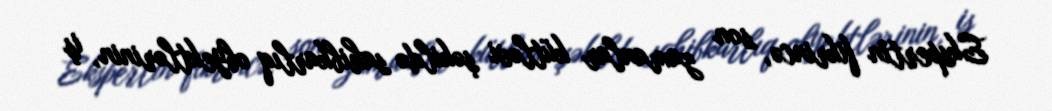
Ekspertin fikrincə, son zamanlar kütləvi şəkildə sahibkarlıq obyektlərinin, iş